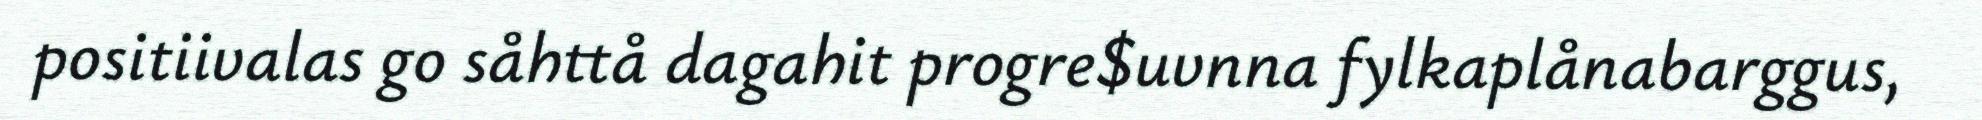
positiivalas go såhttå dagahit progre$uvnna fylkaplånabarggus,